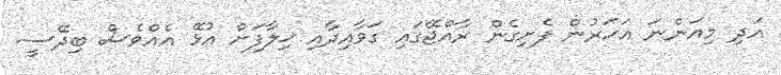
އަދި މިއަންނަ އަހަރުން ފެށިގެން ރާއްޖޭގައި ގަވާއިދާއި ޚިލާފަށް އުޅޭ އެއްވެސް ބިދޭސީ